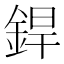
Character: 銲